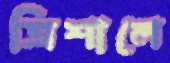
ত্রিশালে